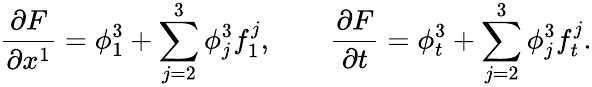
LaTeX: \frac{\partial F}{\partial x^{1}}=\phi_{1}^{3}+\sum_{j=2}^{3}\phi_{j}^{3}f_{1}^{j},\quad\quad\frac{\partial F}{\partial t}=\phi_{t}^{3}+\sum_{j=2}^{3}\phi_{j}^{3}f_{t}^{j}.